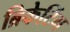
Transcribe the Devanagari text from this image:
ब्रिकेटिंग